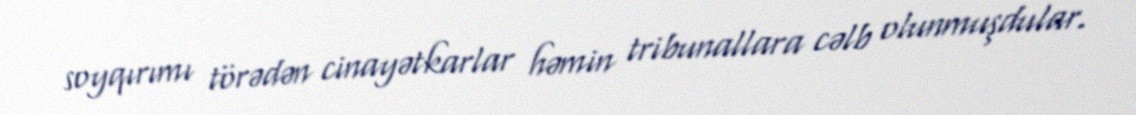
soyqırımı törədən cinayətkarlar həmin tribunallara cəlb olunmuşdular.